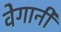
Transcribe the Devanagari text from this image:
वेगानी